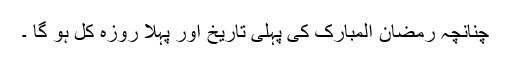
چنانچہ رمضان المبارک کی پہلی تاریخ اور پہلا روزہ کل ہو گا ۔